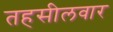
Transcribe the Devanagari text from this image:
तहसीलवार